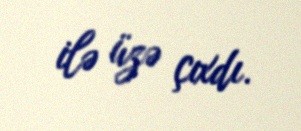
ilə üzə çıxdı.